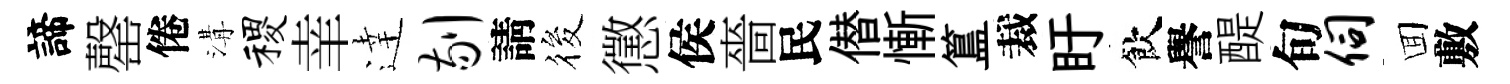
諦罄倦溝稷𦍒逹剔請筱懲侯嗇民僣慚簋裁盱飲譽醍旬伺囬敷